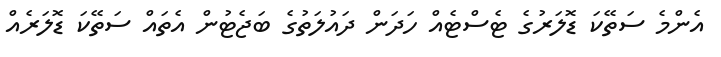
އެންމެ ސަތޭކަ ޑޮލަރުގެ ޓެސްޓެއް ހަދަން ދައުލަތުގެ ބަޖެޓުން އެތައް ސަތޭކަ ޑޮލަރެއް